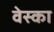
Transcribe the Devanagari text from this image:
वेस्का